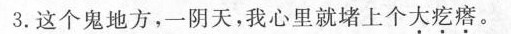
3.这个鬼地方，一阴天，我心里就堵上个大疙瘩。